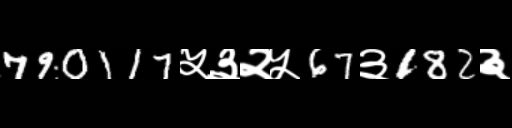
Text: 790117५३२५67३182३